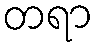
တရာ